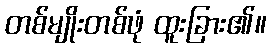
တစ်မျိုးတစ်ဖုံ ထူးခြား၏။